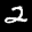
Label: 2